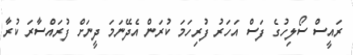
ރައީސް ސޯލިހުގެ ފަސް އަހަރު ފުރިހަމަ ކުރަން އެދޭނަމަ ދީނަށް ފުރައްސާރަ ކުރާ